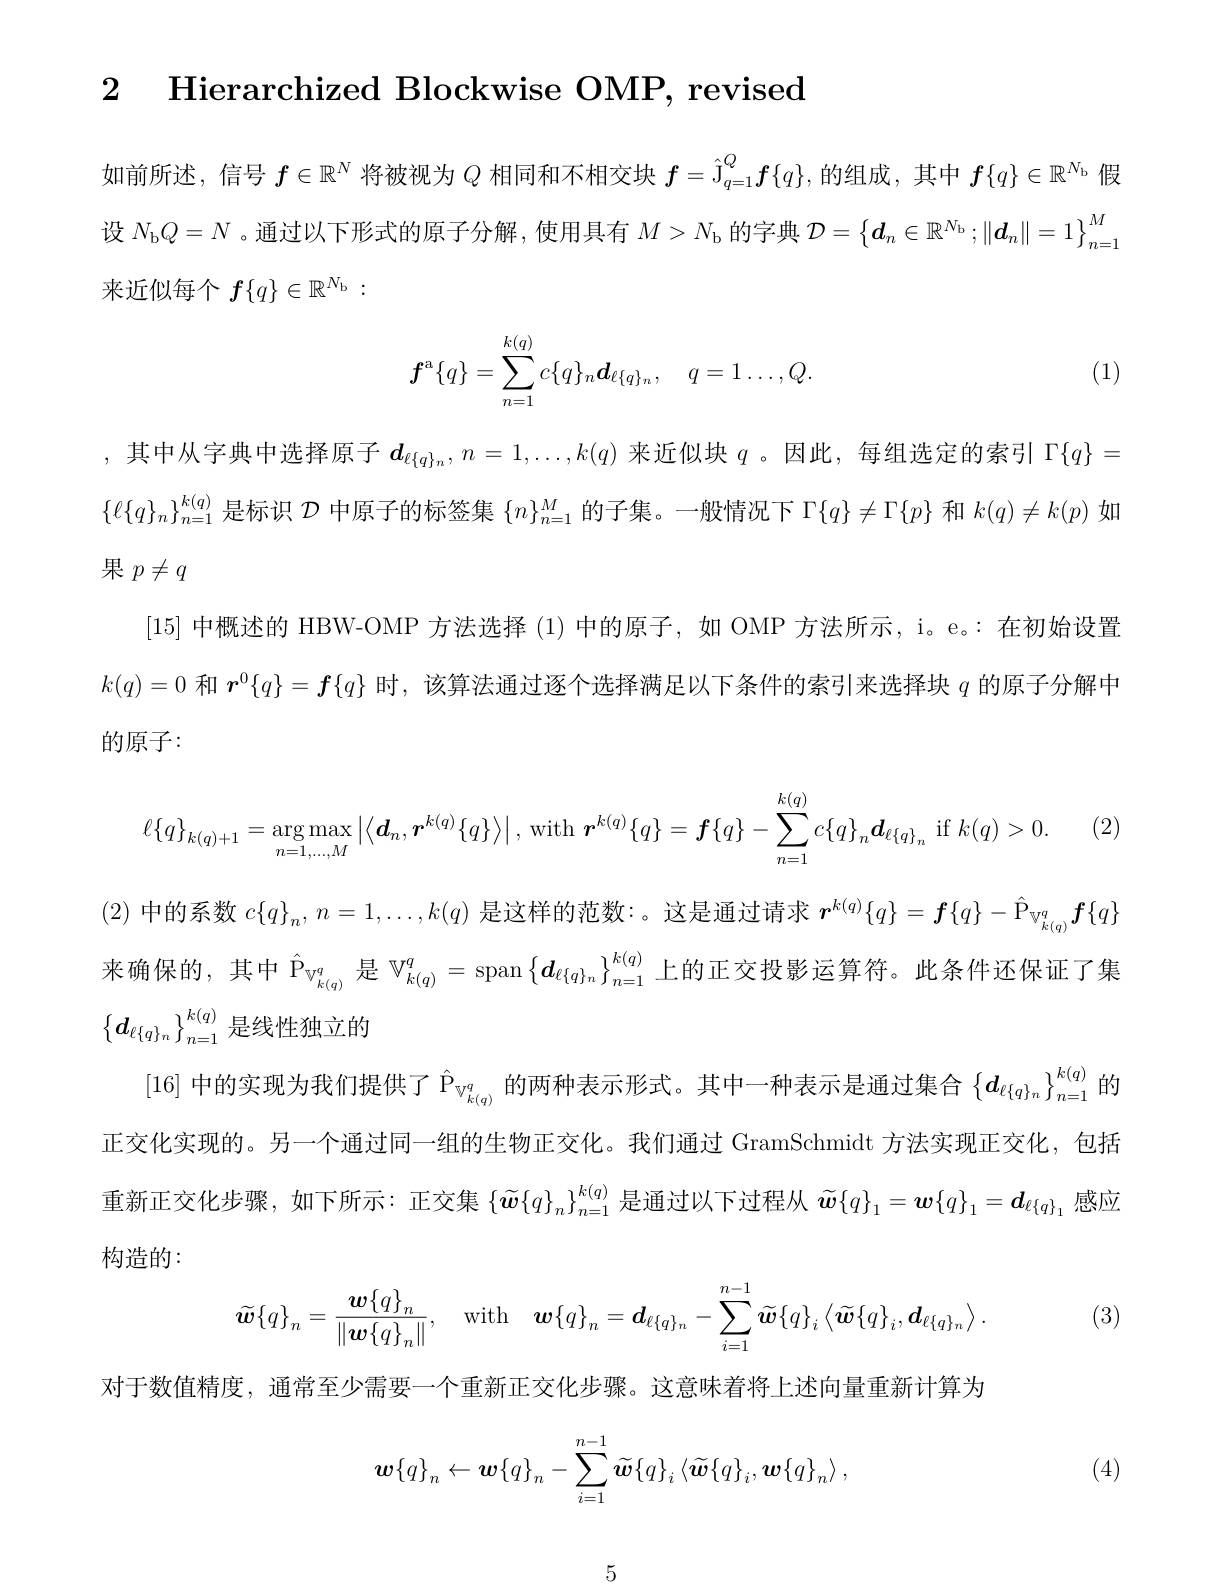
2 Hierarchized Blockwise OMP, revised

如前所述，信号$f\in\mathbb{R}^N$将被视为$Q$相同和不相交块$f=\hat{\mathcal{J}}_{q=1}^Q\boldsymbol{f}\{q\}$,的组成，其中$f\{q\}\in\mathbb{R}^{N_\mathrm{b}}$假设$N_\mathrm{b}Q=N$ 。通过以下形式的原子分解，使用具有$M>N_\mathrm{b}$的字典$\mathcal{D} = \left \{ \boldsymbol{d}_n\in \mathbb{R} ^{N_\mathrm{b} }; \| \boldsymbol{d}_n\| = 1\right \} _{n= }^M$ 来近似每个$f\{q\}\in\mathbb{R}^{N_\mathrm{b}}:$
$$\boldsymbol{f}^\mathrm{a}\{q\}=\sum_{n=1}^{k(q)}c\{q\}_n\boldsymbol{d}_{\ell\{q\}_n},\quad q=1\ldots,Q.$$
(1)

,其中从字典中选择原子$\boldsymbol{d}_\ell\{q\}_n,n=1,\ldots,k(q)$来近似块$q$ 。因此，每组选定的索引$\Gamma\{q\}=$ $\{\ell\{q\}_n\}_{n=1}^{k(q)}$是标识$\mathcal{D}$中原子的标签集$\{n\}_n=1^M$的子集。一般情况下$\Gamma\{q\}\neq\Gamma\{p\}$和$k(q)\neq k(p)$如果$p\neq q$
[15]中概述的 HBW-OMP 方法选择 (1)中的原子，如 OMP 方法所示，i。e。:在初始设置$k(q)=0$和$\boldsymbol{r}^0\{q\}=\boldsymbol{f}\{q\}$时，该算法通过逐个选择满足以下条件的索引来选择块$q$的原子分解中的原子：
$$\ell\{q\}_{k(q)+1}=\arg\max_{n=1,...,M}\left|\left\langle\boldsymbol{d}_n,\boldsymbol{r}^{k(q)}\{q\}\right\rangle\right|,\mathrm{~with~}\boldsymbol{r}^{k(q)}\{q\}=\boldsymbol{f}\{q\}-\sum_{n=1}^{k(q)}c\{q\}_n\boldsymbol{d}_{\ell\{q\}_n}\mathrm{~if~}k(q)>0.$$
(2)中的系数$c\{q\}_n,n=1,\ldots,k(q)$是这样的范数：。这是通过请求$r^k(q)\{q\}=\boldsymbol{f}\{q\}-\hat{\mathcal{P}}_{\mathbb{V}_{k(q)}^q}\boldsymbol{f}\{q\}$ 来确保的，其中$\hat{\mathbb{P}}_{\mathbb{V}_{k(q)}^q}$ 是 $\mathbb{V}_{k(q)}^q=\operatorname{span}\left\{\boldsymbol{d}_{\ell\{q\}_n}\right\}_{n=1}^{k(q)}$上的正交投影运算符。此条件还保证了集$\begin{Bmatrix}d_{\ell\{q\}n}\end{Bmatrix}_{n=1}^{k(q)}$是线性独立的
[16]中的实现为我们提供了$\hat{\mathbb{P}}_{\mathbb{W}_{k(q)}^q}$的两种表示形式。其中一种表示是通过集合$\{\boldsymbol d_{\ell\{q\}_n}\}_{n=1}^{k(q)}$的正交化实现的。另一个通过同一组的生物正交化。我们通过 GramSchmidt 方法实现正交化，包括重新正交化步骤，如下所示：正交集$\{\widetilde{\boldsymbol{w}}\{q\}_n\}_{n=1}^{k(q)}$是通过以下过程从$\widetilde{w}\{q\}_1=\boldsymbol{w}\{q\}_1=\boldsymbol{d}_{\ell\{q\}_1}$感应构造的：
$$\widetilde{\boldsymbol{w}}\{q\}_n=\frac{\boldsymbol{w}\{q\}_n}{\|\boldsymbol{w}\{q\}_n\|},\quad\mathrm{with}\quad\boldsymbol{w}\{q\}_n=\boldsymbol{d}_{\ell\{q\}_n}-\sum_{i=1}^{n-1}\widetilde{\boldsymbol{w}}\{q\}_i\left\langle\widetilde{\boldsymbol{w}}\{q\}_i,\boldsymbol{d}_{\ell\{q\}_n}\right\rangle.$$
(3)

对于数值精度，通常至少需要一个重新正交化步骤。这意味着将上述向量重新计算为

(4)
$$\boldsymbol{w}\{q\}_n\leftarrow\boldsymbol{w}\{q\}_n-\sum_{i=1}^{n-1}\widetilde{\boldsymbol{w}}\{q\}_i\left\langle\widetilde{\boldsymbol{w}}\{q\}_i,\boldsymbol{w}\{q\}_n\right\rangle,$$
5